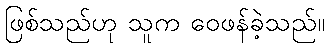
ဖြစ်သည်ဟု သူက ဝေဖန်ခဲ့သည်။